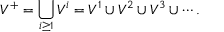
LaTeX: V ^ { + } = \bigcup _ { i \geq 1 } V ^ { i } = V ^ { 1 } \cup V ^ { 2 } \cup V ^ { 3 } \cup \cdots .